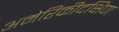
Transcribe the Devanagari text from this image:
अमेरिकीदक्षिण